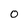
Character: 0